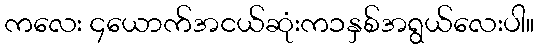
ကလေး ၄ယောက်အငယ်ဆုံးက၁နှစ်အရွယ်လေးပါ။